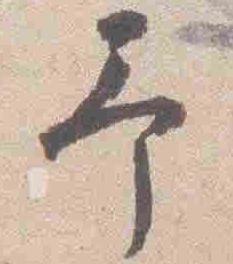
予